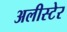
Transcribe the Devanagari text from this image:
अलीस्टेर